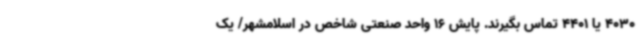
4030 یا 4401 تماس بگیرند. پایش 16 واحد صنعتی شاخص در اسلامشهر/ یک